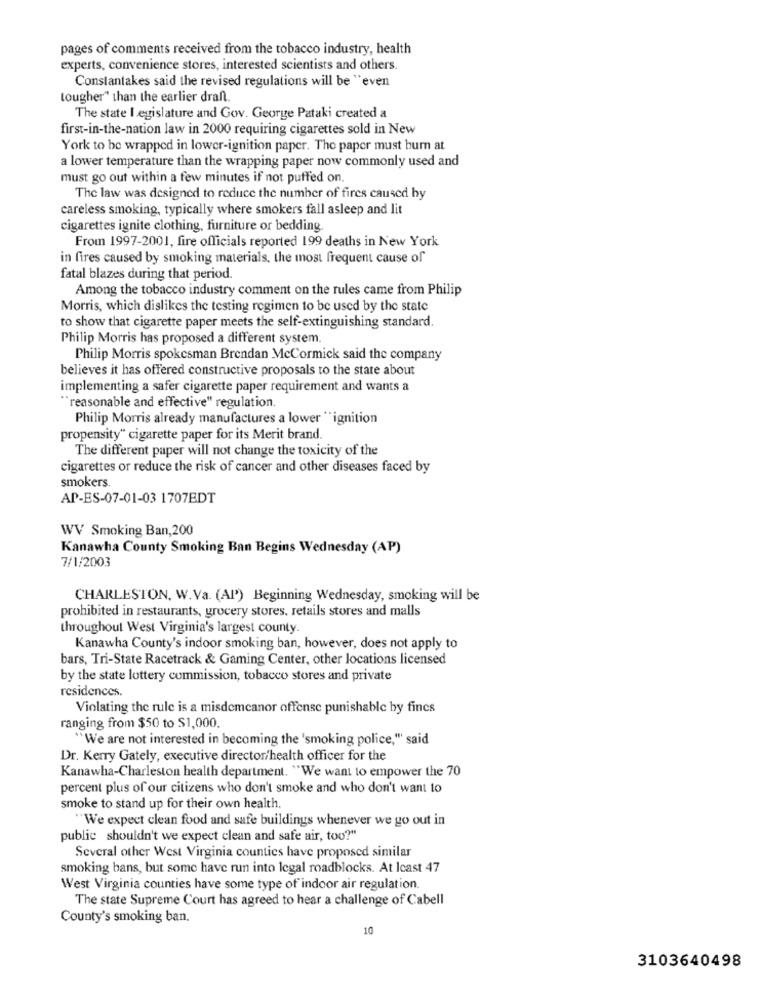
pages of comments received from the tobacco industry, health
experts, convenience stores, interested scientists and others.
Constantakes said the revised regulations will be "even
tougher" than the earlier dran
The state legislature and Gov. George Pataki created a
first-in-the-nation law in 2000 requiring cigarettes sold in New
York to be wrapped in lower-ignition paper. The paper must burn at
a lower temperature than the wrapping paper now commonly used and
must go out within a few minutes if not puffed on.
The law was designed to reduce the number of fires caused hy
careless smoking, typically where smokers fall asleep and lit
cigarettes ignite clothing, furniture or bedding.
From 1997-2001, fire officials reported 199 deaths in New York
in fires caused by smoking materials. the most frequent cause of
fatal blazes during that period.
Among the tobacco industry comment on the rules came from Philip
Morris, which dislikes the testing regimen to be used by the state
to show that cigarette paper meets the self-extinguishing standard.
Philip Morris has proposed a different system.
Philip Morris spokesman Brendan McCormick said the company
believes it has offered constructive proposals to the state about
implementing a safer cigarette paper requirement and wants a
"reasonable and effective" regulation.
Philip Morris already manufactures a lower "ignition
propensity" cigarette paper for its Merit brand.
The different paper will not change the toxicity of the
cigarettes or reduce the risk of cancer and other diseases faced by
smokers.
AP-ES-07-01-03 1707EDT
WV Smoking Ban,200
Kanawha County Smoking Ban Begins Wednesday (AP)
7/1/2003
CHARLESTON, W.Va. (Al') Beginning Wednesday, smoking will be
prohibited in restaurants, grocery stores, retails stores and malls
throughout West Virginia's largest county.
Kanawha County's indoor smoking ban, however, does not apply to
bars, Tri-State Racetrack & Gaming Center, other locations licensed
by the state lottery commission, tobacco stores and private
residences.
Violating the rule is a misdemeanor offense punishable by fines
ranging from $50 to $1,000.
"We are not interested in becoming the 'smoking police," said
Dr. Kerry Gately, executive director/health officer for the
Kanawha-Charleston health department. "We want to empower the 70
percent plus of our citizens who don't smoke and who don't want to
smoke to stand up for their own health
"We expect clean food and safe buildings whenever we go out in
public shouldn't we expect clean and safe air, too?"
Several other West Virginia counties have proposed similar
smoking bans, but some have run into legal roadblocks. At Icast 47
West Virginia counties have some type of indoor air regulation.
The state Supreme Court has agreed to hear a challenge of Cabell
County's smoking ban.
10
3103640498